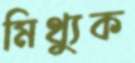
মিথ্যুক